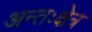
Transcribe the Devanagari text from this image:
अन्तःक्षेत्र